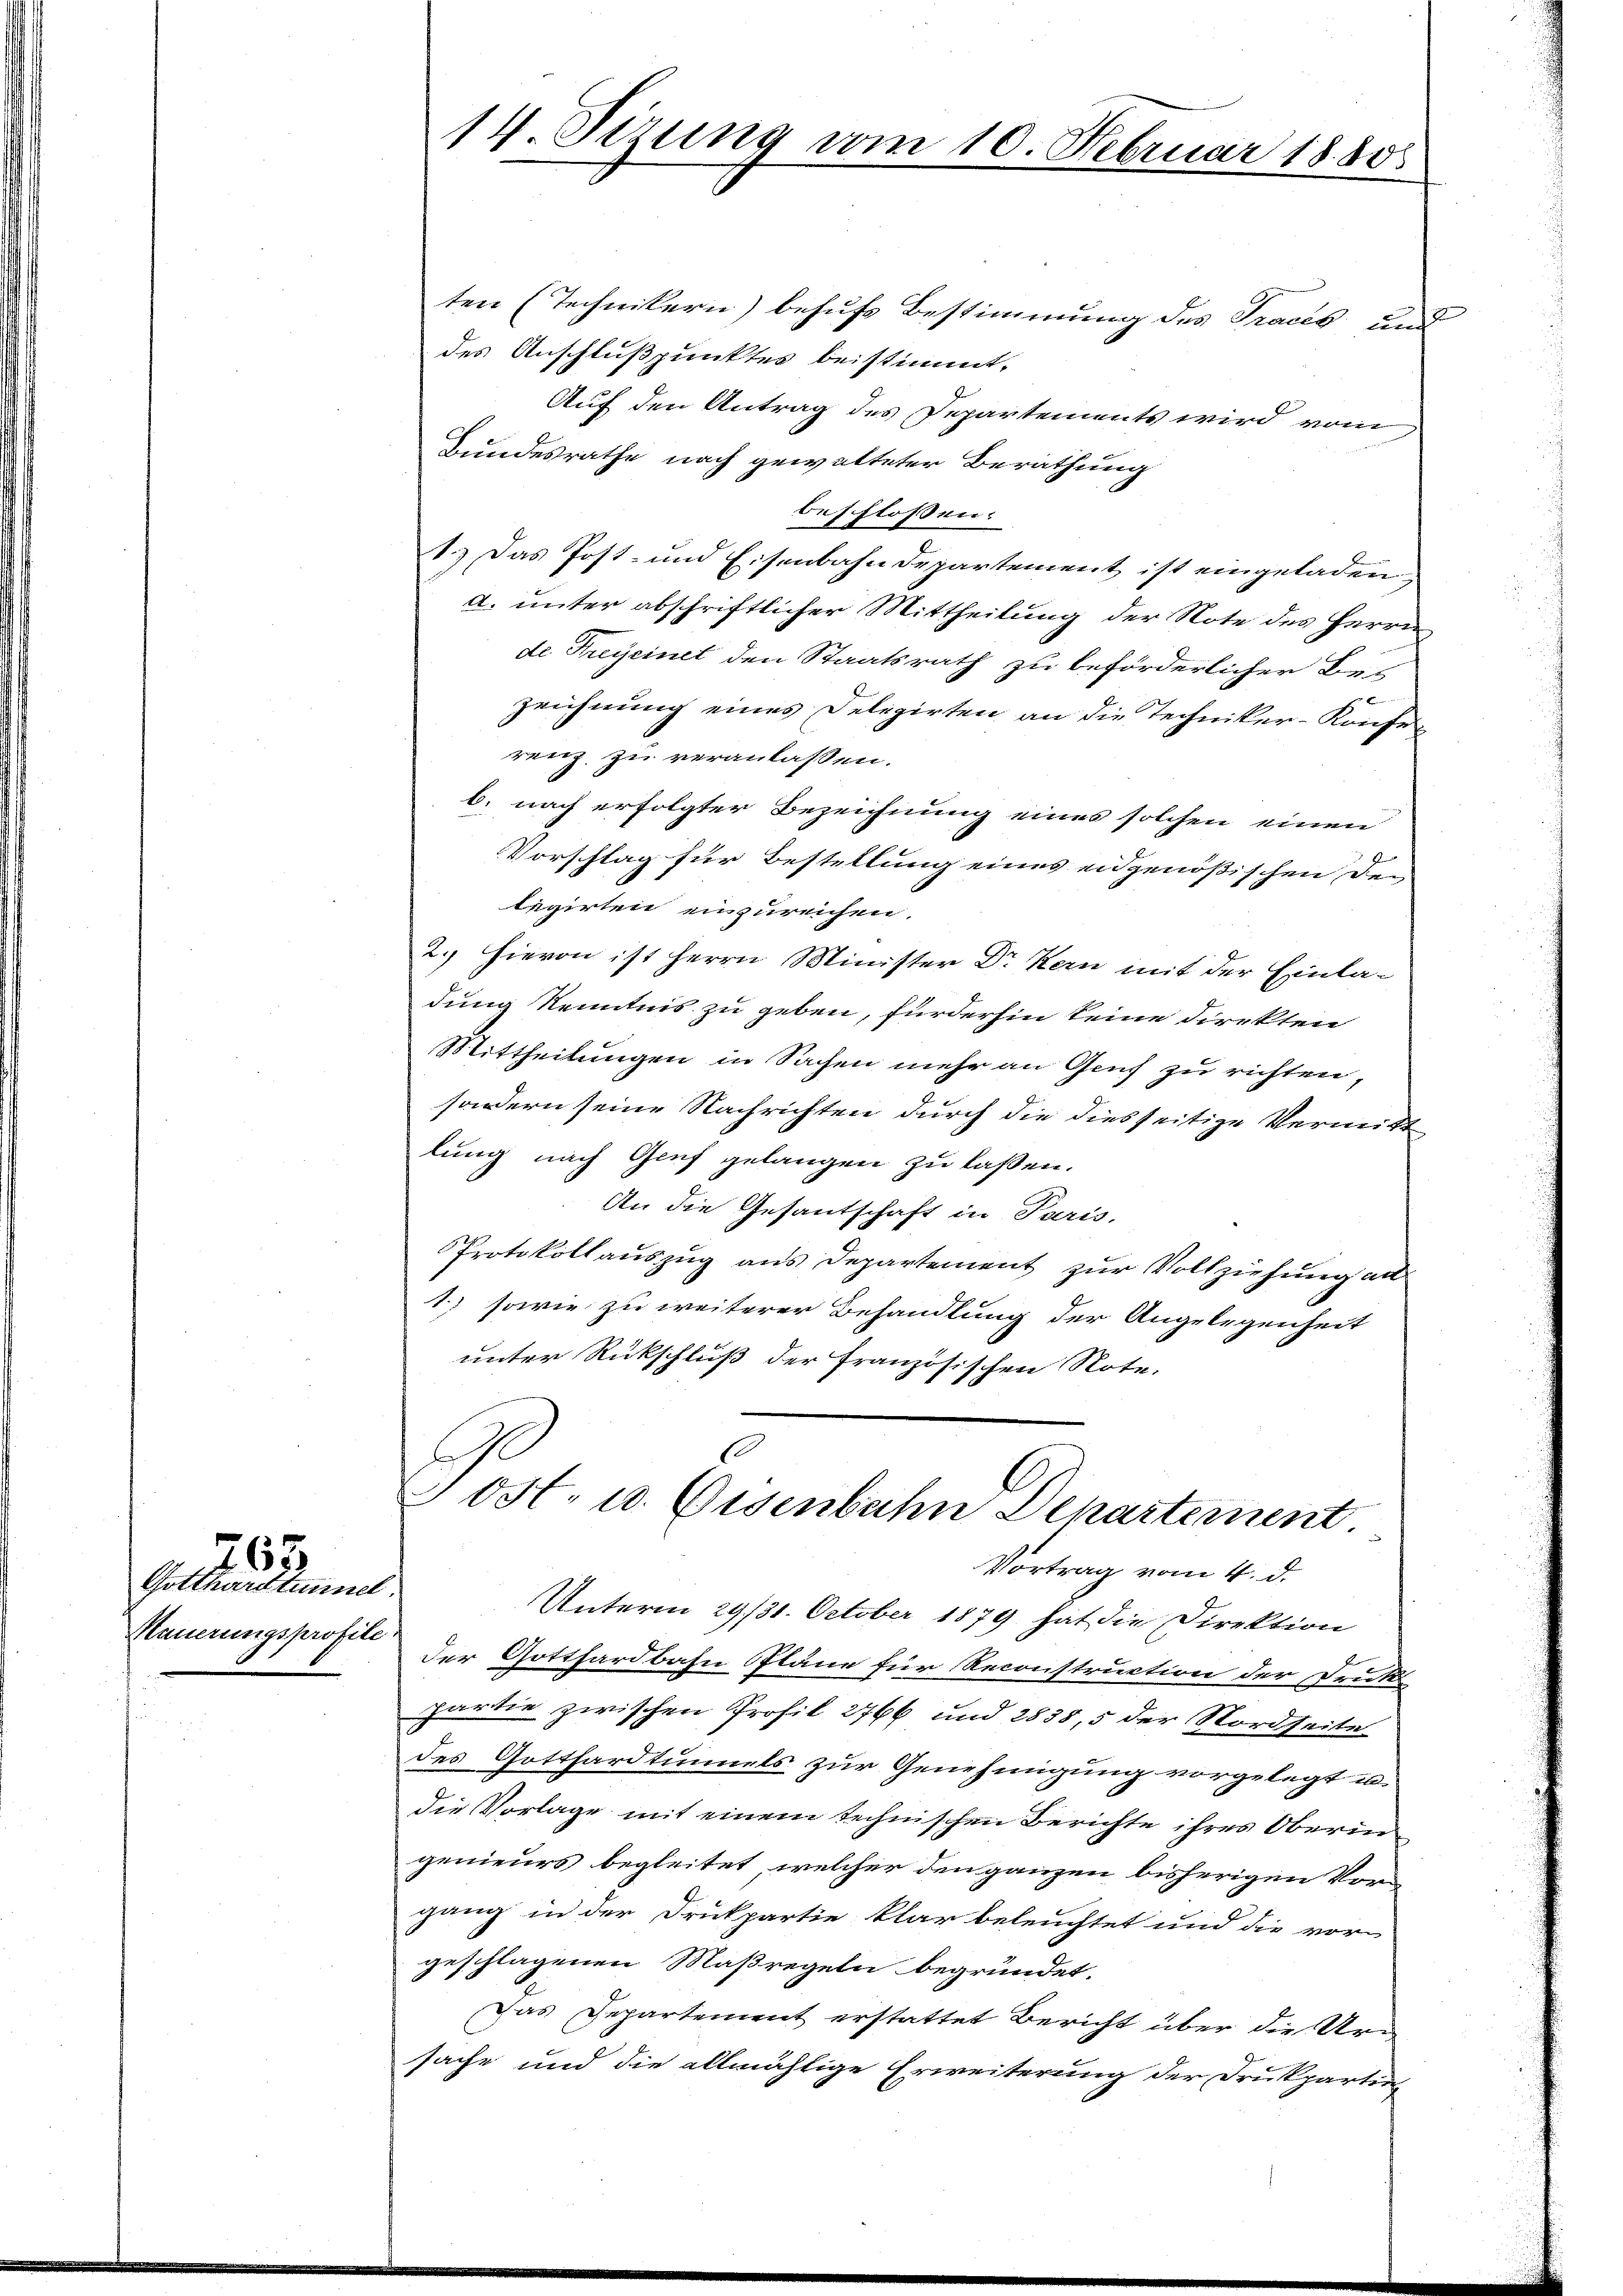
Gotthardtunner
Mauerungsprofile.

763

ten (Technikern) behufs Bestimmung des Traces und
des Anschlußpunktes beistimmt.
Auf den Antrag des Departements wird vom
Bundesrathe nach gewalteter Berathung
beschlossen:
1.) Das Post- und Eisenbahndepartement ist eingeladen,
a. unter abschriftlicher Mittheilung der Note des Herrn
de Freycinet den Staatsrath zu beförderlicher Bes
zeichnung eines Delegirten an die Techniker-Konferenz zu veranlassen.
b. nach erfolgter Bezeichnung eines solchen einen
Vorschlag für Bestellung eines eidgenößischen Den
legirten einzureichen.
2. Hievon ist Herrn Minister Dr Kern mit der Einladung kenntnis zu geben, fürderhin keine Direkten
Mittheilungen in Sachen mehr an Gach zu richten,
sondern seine Nachrichten durch die diesseitige Vermitt
lung nach Genf gelangen zu laßen.
An die Gesantschaft in Paris,
Protokollauszug aus Departement zur Vollziehung all
1) sowie zu weiterer Behandlung der Angelegenheit
unter Rückschluß der französischen Note,

d

14. Sizung vom 10. Februar 1880

e
Jost. 10. Eisenbahn Departement
Vortrag vom 4. d.

Unterm 29/31. October 1879 hat die Direktion
der Gotthardbahn Pläne für Reconstruction der Druks
partie zwischen Profil 2766 und 2838, 5 der Nordseite
des Gotthardtunnels zur Genehmigung vorgelegt u.
die Vorlage mit einem technischen Berichte ihres Oberingenieurs begleitet, welcher den ganzen bisherigen Vorgang in der Drukpartie klar beleuchtet und die vor
geschlagenen Maßregeln begründet.
Das Departement erstattet Bericht über die Ursache und die allmählige Erweiterung der Drukpartin